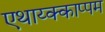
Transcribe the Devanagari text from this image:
एथाय्क्काप्पम